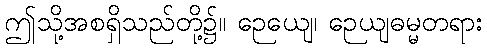
ဤသို့အစရှိသည်တို့၌။ ဉေယျေ၊ ဉေယျဓမ္မတရား